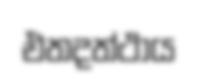
එතදත්ථාය